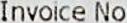
INVOICE NO